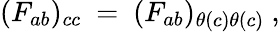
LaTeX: (F_{ab})_{cc}~=~(F_{ab})_{\theta(c)\theta(c)}~,